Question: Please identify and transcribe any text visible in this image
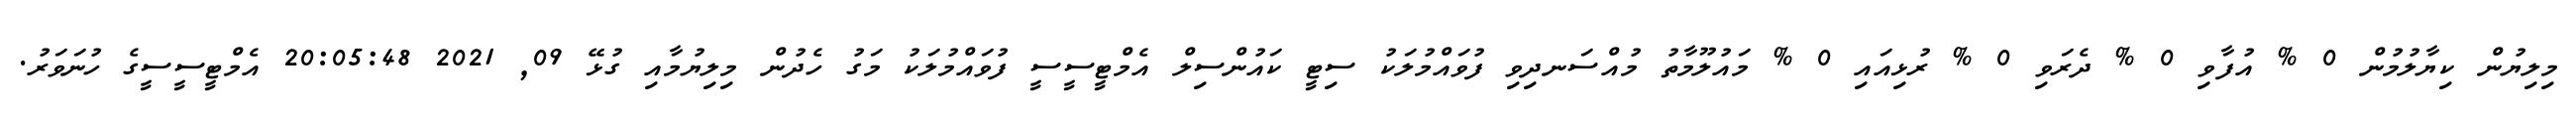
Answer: މިލިޔުން ކިޔާލުމުން 0 % އުފާވި 0 % ދެރަވި 0 % ރުޅިއައި 0 % މައުލޫމާތު މުއްސަނދިވި ފުވައްމުލަކު ސިޓީ ކައުންސިލް އެމްޓީސީސީ ފުވައްމުލަކު މަގު ހެދުން މިލިޔުމާއި ގުޅޭ 09, 2021 20:05:48 އެމްޓީސީސީގެ ހުނަވަރު.